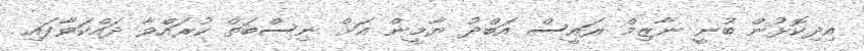
އިދިކޮޅުން ބުނީ ނާޒިމް ރައީސް އަބްދު ޔާމީން އަށް ނިސްބަތް ކުރައްވާ ދައްކަވާފައި